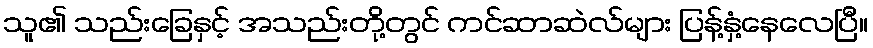
သူ၏ သည်းခြေနှင့် အသည်းတို့တွင် ကင်ဆာဆဲလ်များ ပြန့်နှံ့နေလေပြီ။